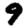
Digit: 9